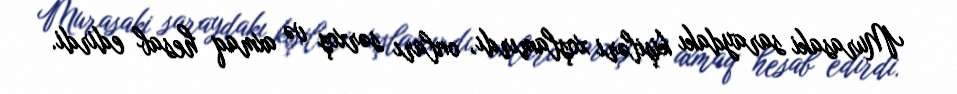
Murasaki saraydakı kişiləri xoşlamırdı, onları sərxoş və axmaq hesab edirdi.